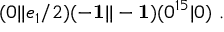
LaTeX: ( 0 \vert \vert e _ { 1 } / 2 ) ( - { \bf 1 } \vert \vert - { \bf 1 } ) ( 0 ^ { 1 5 } \vert 0 ) ~ .